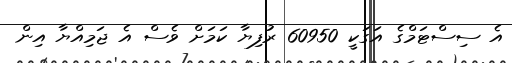
އެ ސިސްޓަމްގެ އަގަކީ 60950 ރުފިޔާ ކަމަށް ވެސް އެ ޖަމިއްޔާ އިން